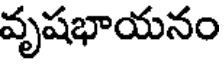
వృషభాయనం